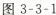
图3-3-1